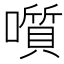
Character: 𡂒